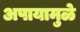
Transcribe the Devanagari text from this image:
अपायामुळे